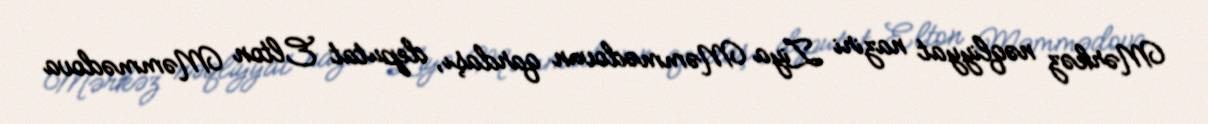
Mərkəz nəqliyyat naziri Ziya Məmmədovun qardaşı, deputat Elton Məmmədova